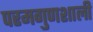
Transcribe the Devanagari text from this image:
परमगुणशाली